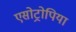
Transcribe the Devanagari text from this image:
एसोट्रोपिया